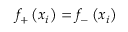
f _ { + } \left( x _ { i } \right) = f _ { - } \left( x _ { i } \right)